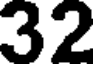
32